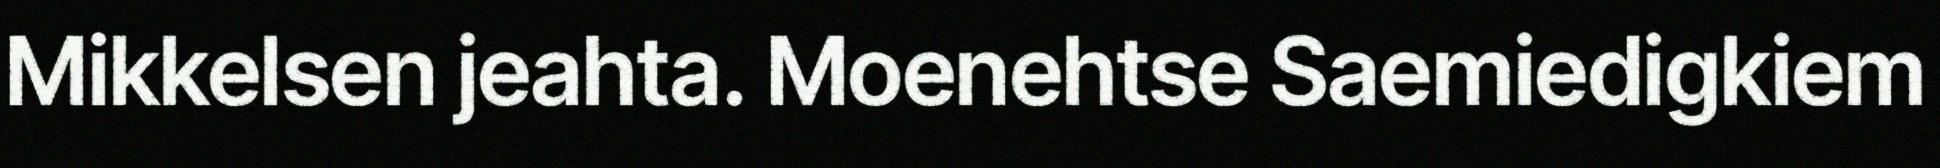
Mikkelsen jeahta. Moenehtse Saemiedigkiem